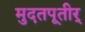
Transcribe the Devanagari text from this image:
मुदतपूतीर्